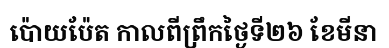
ប៉ោយប៉ែត កាលពីព្រឹកថ្ងៃទី២៦ ខែមីនា